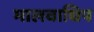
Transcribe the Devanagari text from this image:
मालवाधिप